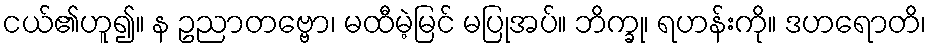
ငယ်၏ဟူ၍။ န ဥညာတဗ္ဗော၊ မထီမဲ့မြင် မပြုအပ်။ ဘိက္ခု၊ ရဟန်းကို။ ဒဟရောတိ၊